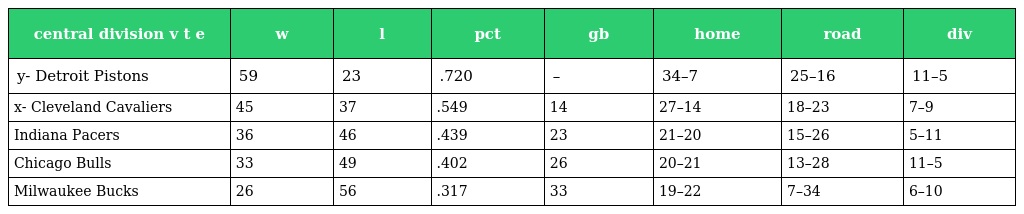
| central division v t e | w | l | pct | gb | home | road | div |
 | --- | --- | --- | --- | --- | --- | --- | --- |
 | y- Detroit Pistons | 59 | 23 | .720 | – | 34–7 | 25–16 | 11–5 |
 | x- Cleveland Cavaliers | 45 | 37 | .549 | 14 | 27–14 | 18–23 | 7–9 |
 | Indiana Pacers | 36 | 46 | .439 | 23 | 21–20 | 15–26 | 5–11 |
 | Chicago Bulls | 33 | 49 | .402 | 26 | 20–21 | 13–28 | 11–5 |
 | Milwaukee Bucks | 26 | 56 | .317 | 33 | 19–22 | 7–34 | 6–10 |